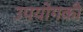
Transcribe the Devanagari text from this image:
उपयोगकी